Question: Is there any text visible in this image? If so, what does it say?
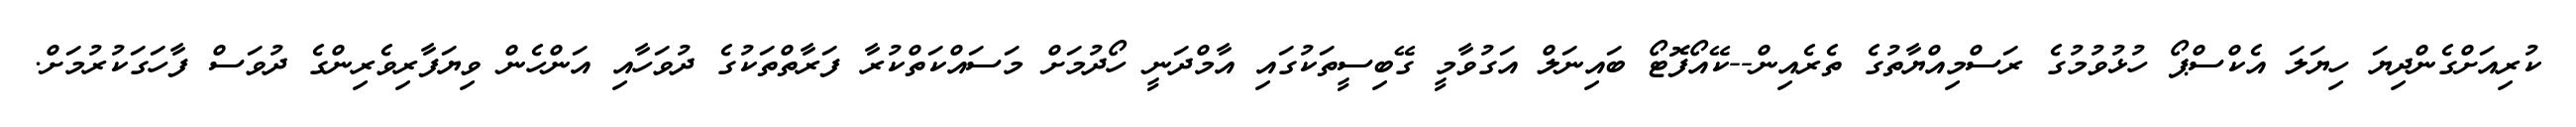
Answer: ކުރިއަށްގެންދިޔަ ހިޔަލަ އެކްސްޕޯ ހުޅުވުމުގެ ރަސްމިއްޔާތުގެ ތެރެއިން--ކޭއޯފޮޓޯ ބައިނަލް އަގުވާމީ ގޭބިސީތަކުގައި އާމްދަނީ ހޯދުމަށް މަސައްކަތްކުރާ ފަރާތްތަކުގެ ދުވަހާއި އަންހެން ވިޔަފާރިވެރިންގެ ދުވަސް ފާހަގަކުރުމަށް.